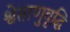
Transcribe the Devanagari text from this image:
श्वेताणुवृद्धि